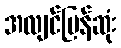
အလျင်မြန်ဆုံး